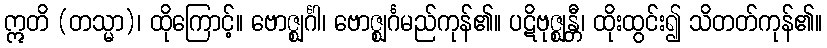
ဣတိ (တသ္မာ)၊ ထိုကြောင့်။ ဗောဇ္ဈင်္ဂါ၊ ဗောဇ္ဈင်္ဂမည်ကုန်၏။ ပဋိဗုဇ္ဈန္တီ၊ ထိုးထွင်း၍ သိတတ်ကုန်၏။